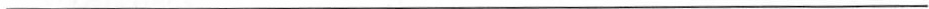
___